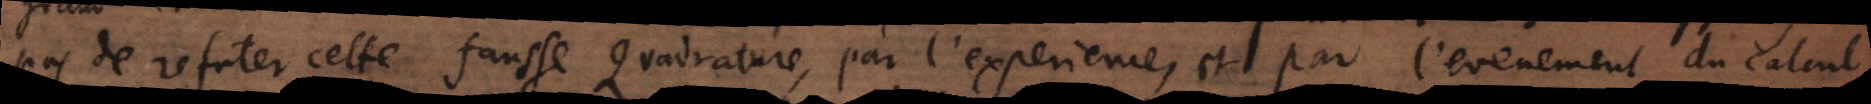
pas de refuter cette fausse Quadrature, par l’experience, et par l’evenement du calcu